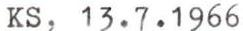
KS, 13.7.1966